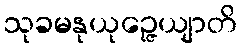
သုခမနုယုဉ္ဇေယျာတိ